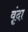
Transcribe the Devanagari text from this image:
वॄंदा